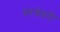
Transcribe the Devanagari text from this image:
वरचेवरी